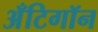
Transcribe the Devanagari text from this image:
अँटिगॉन